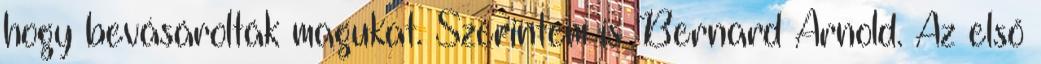
hogy bevásárolták magukat. Szerintem is Bernard Arnold. Az első